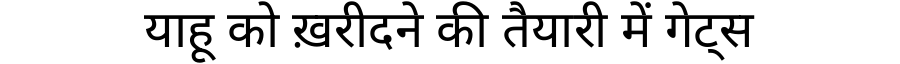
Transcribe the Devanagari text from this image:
याहू को ख़रीदने की तैयारी में गेट्स